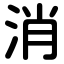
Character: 消